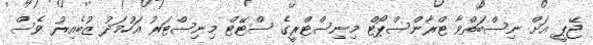
ޖޭޕީ އަށް ނިސްބަތްވާ ޓްރާންސްޕޯޓް މިނިސްޓްރީގެ ސްޓޭޓް މިނިސްޓަރު އަހުމަދު ޒުބެއިރު ވެސް